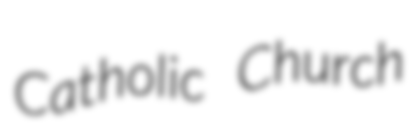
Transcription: Catholic Church